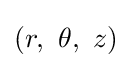
(r,~\theta ,~z)